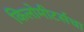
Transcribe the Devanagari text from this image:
किलोमीटर्सचा